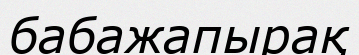
бабажапырақ